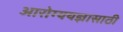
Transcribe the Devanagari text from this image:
आरोग्ययज्ञासाठी